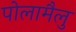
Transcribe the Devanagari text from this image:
पोलामैलु